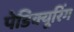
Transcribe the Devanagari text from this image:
पेडिक्यूरिंग